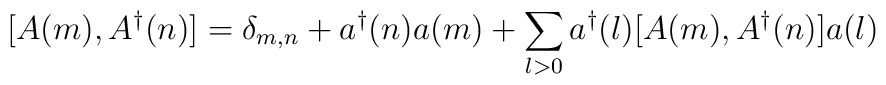
[A(m),A^{\dag}(n)] = \delta_{m,n} + a^{\dag}(n)a(m) + \sum_{l>0}a^{\dag}(l)[A(m),A^{\dag}(n)]a(l)